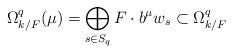
LaTeX: \begin{align*} \Omega^{q}_{k/F}(\mu)= \bigoplus_{s \in S_q} F \cdot b^{\mu} w_s \subset \Omega^{q}_{k/F}\end{align*}